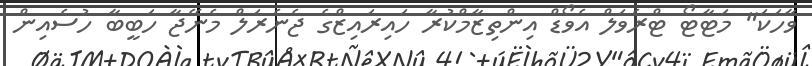
ވާހަކަ" މަޓާޓޯ ޓްރެވަލް އެވޯޑް އިންތިޒާމްކުރާ ހައިރައިޒްގެ ޖެނެރަލް މެނޭޖާ ހަބީބާ ހުސެއިން